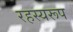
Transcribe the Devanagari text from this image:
रहस्यरूप